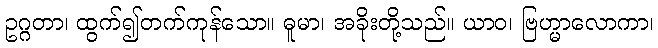
ဥဂ္ဂတာ၊ ထွက်၍တက်ကုန်သော။ ဓူမာ၊ အခိုးတို့သည်။ ယာဝ၊ ဗြဟ္မာလောကာ၊